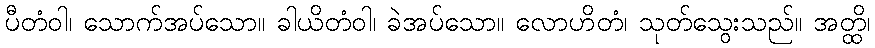
ပီတံဝါ၊ သောက်အပ်သော။ ခါယိတံဝါ၊ ခဲအပ်သော။ လောဟိတံ၊ သုတ်သွေးသည်။ အတ္ထိ၊